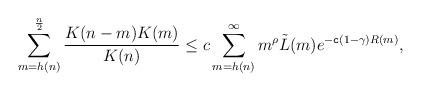
LaTeX: \begin{align*}\sum_{m=h(n)}^{\frac{n}{2}}\frac{K(n-m)K(m)}{K(n)}\leq c\sum_{m=h(n)}^{\infty} m^{\rho}\tilde{L}(m)e^{-\mathtt{c}(1-\gamma)R(m)},\end{align*}